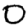
Digit: 0